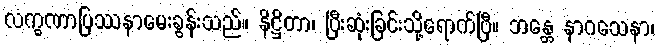
လက္ခဏာပြဿနာမေးခွန်းသည်။ နိဋ္ဌိတာ၊ ပြီးဆုံးခြင်းသို့ရောက်ပြီ။ ဘန္တေ နာဂသေနာ၊